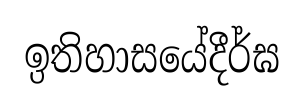
ඉතිහාසයේදීර්ඝ